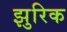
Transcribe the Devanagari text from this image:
झुरिक